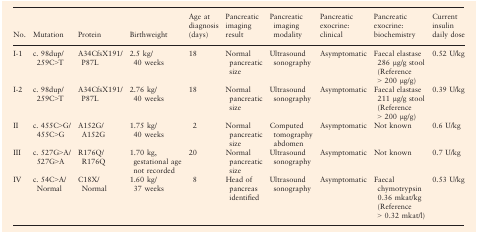
| No. | Mutation | Protein | Birthweight | Age at diagnosis (days) | Pancreatic imaging result | Pancreatic imaging modality | Pancreatic exocrine: clinical | Pancreatic exocrine: biochemistry | Current insulin daily dose |
 | --- | --- | --- | --- | --- | --- | --- | --- | --- | --- |
 | I-1 | c. 98dup/259C>T | A34CfsX191/P87L | 2.5 kg/40 weeks | 18 | Normal pancreatic size | Ultrasound sonography | Asymptomatic | Faecal elastase 286 μg/g stool (Reference > 200 μg/g) | 0.52 U/kg |
 | I-2 | c. 98dup/259C>T | A34CfsX191/P87L | 2.76 kg/40 weeks | 18 | Normal pancreatic size | Ultrasound sonography | Asymptomatic | Faecal elastase 211 μg/g stool (Reference > 200 μg/g) | 0.39 U/kg |
 | II | c. 455C>G/455C>G | A152G/A152G | 1.75 kg/40 weeks | 2 | Normal pancreatic size | Computed tomography abdomen | Asymptomatic | Not known | 0.6 U/kg |
 | III | c. 527G>A/527G>A | R176Q/R176Q | 1.70 kg, gestational age not recorded | 20 | Normal pancreatic size | Ultrasound sonography | Asymptomatic | Not known | 0.7 U/kg |
 | IV | c. 54C>A/Normal | C18X/Normal | 1.60 kg/37 weeks | 8 | Head of pancreas identified | Ultrasound sonography | Asymptomatic | Faecal chymotrypsin 0.36 mkat/kg (Reference > 0.32 mkat/l) | 0.53 U/kg |